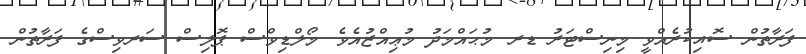
ފަރާތުން ސޮއިކުރެއްވީ މިނިސްޓަރު ޑރ. މުޙައްމަދު މުޢިއްޒުއެވެ. މޯލްޑިވްސް ޕޮލިސް ސަރވިސްގެ ފަރާތުން